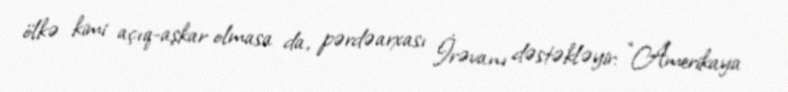
ölkə kimi açıq-aşkar olmasa da, pərdəarxası İrəvanı dəstəkləyir: “Amerikaya